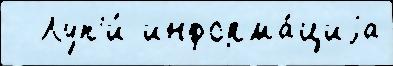
  Луп'и́ информа́циjа